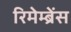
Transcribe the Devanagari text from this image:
रिमेम्ब्रेंस